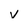
Character: v